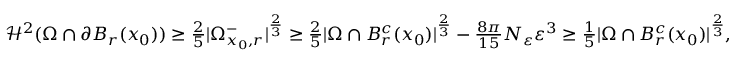
\begin{array} { r } { \mathcal { H } ^ { 2 } ( \Omega \cap \partial B _ { r } ( x _ { 0 } ) ) \geq \frac { 2 } { 5 } | \Omega _ { x _ { 0 } , r } ^ { - } | ^ { \frac { 2 } { 3 } } \geq \frac 2 5 | \Omega \cap B _ { r } ^ { c } ( x _ { 0 } ) | ^ { \frac { 2 } { 3 } } - { \frac { 8 \pi } { 1 5 } } N _ { \varepsilon } \varepsilon ^ { 3 } \geq \frac { 1 } { 5 } | \Omega \cap B _ { r } ^ { c } ( x _ { 0 } ) | ^ { \frac { 2 } { 3 } } , } \end{array}